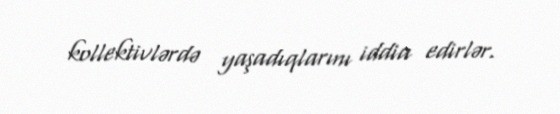
kollektivlərdə yaşadıqlarını iddia edirlər.